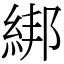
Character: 綁